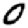
Digit: 0